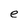
Character: e